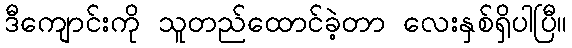
ဒီကျောင်းကို သူတည်ထောင်ခဲ့တာ လေးနှစ်ရှိပါပြီ။